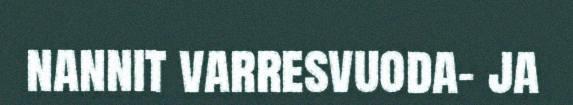
nannit varresvuoda- ja